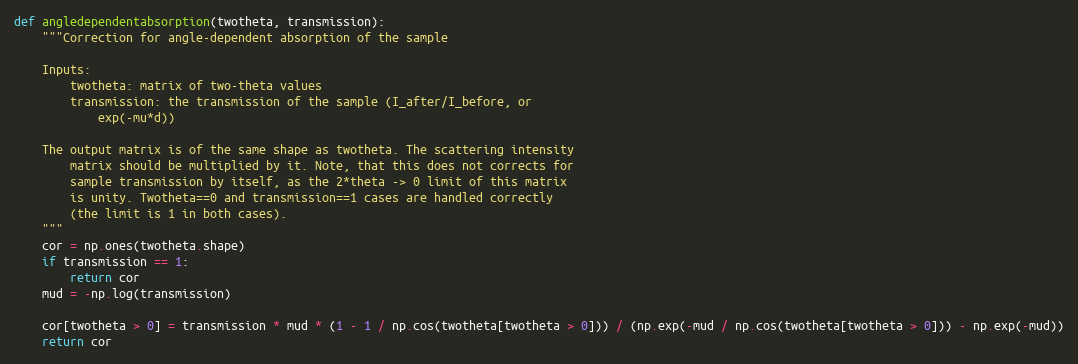
Language: Python
def angledependentabsorption(twotheta, transmission):
    """Correction for angle-dependent absorption of the sample

    Inputs:
        twotheta: matrix of two-theta values
        transmission: the transmission of the sample (I_after/I_before, or
            exp(-mu*d))

    The output matrix is of the same shape as twotheta. The scattering intensity
        matrix should be multiplied by it. Note, that this does not corrects for
        sample transmission by itself, as the 2*theta -> 0 limit of this matrix
        is unity. Twotheta==0 and transmission==1 cases are handled correctly
        (the limit is 1 in both cases).
    """
    cor = np.ones(twotheta.shape)
    if transmission == 1:
        return cor
    mud = -np.log(transmission)

    cor[twotheta > 0] = transmission * mud * (1 - 1 / np.cos(twotheta[twotheta > 0])) / (np.exp(-mud / np.cos(twotheta[twotheta > 0])) - np.exp(-mud))
    return cor